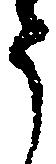
う